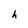
Character: h